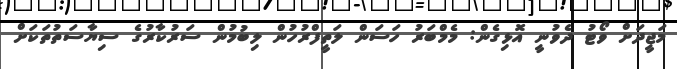
މަޖީދަށް ވޯޓު ދެވުނީ އޮޅިގެން: މެމްބަރު ހަސަން ލަތީފްރުހުން ލިބުމުން ސަރުކާރުގެ ސިޔާސަތުތަކަށް